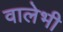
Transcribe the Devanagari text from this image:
वालेभी